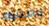
وضعوه